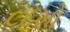
૮૮મો